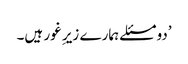
’دو مسئلے ہمارے زیرِ غور ہیں۔